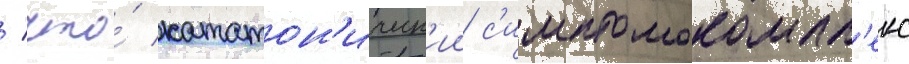
/ что́ кататон'ическ'ии с'имптомокомпл'екс